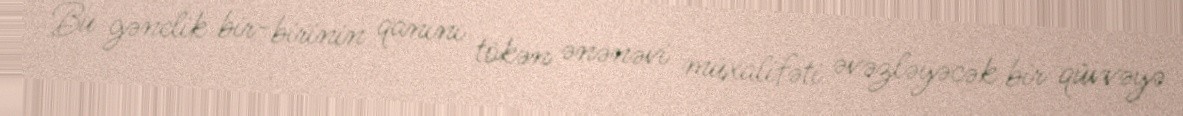
Bu gənclik bir-birinin qanını tökən ənənəvi müxalifəti əvəzləyəcək bir qüvvəyə